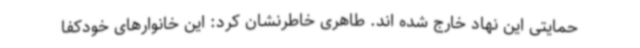
حمایتی این نهاد خارج شده اند. طاهری خاطرنشان کرد: این خانوارهای خودکفا